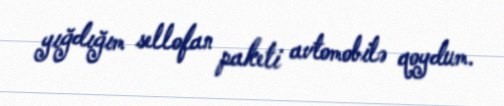
yığdığım sellofan paketi avtomobilə qoydum.